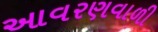
આવરણવાળી